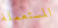
المستعملة